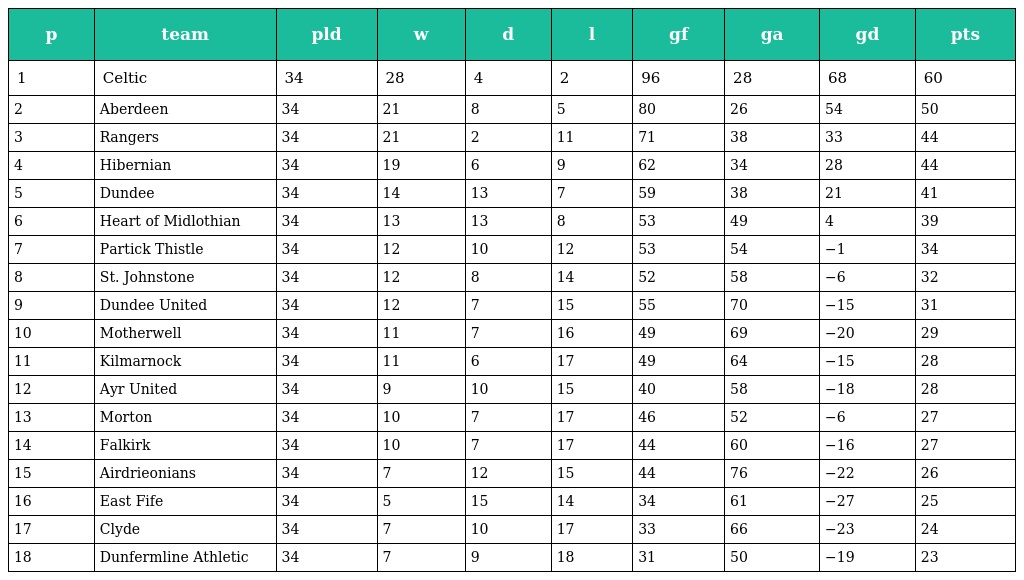
| p | team | pld | w | d | l | gf | ga | gd | pts |
 | --- | --- | --- | --- | --- | --- | --- | --- | --- | --- |
 | 1 | Celtic | 34 | 28 | 4 | 2 | 96 | 28 | 68 | 60 |
 | 2 | Aberdeen | 34 | 21 | 8 | 5 | 80 | 26 | 54 | 50 |
 | 3 | Rangers | 34 | 21 | 2 | 11 | 71 | 38 | 33 | 44 |
 | 4 | Hibernian | 34 | 19 | 6 | 9 | 62 | 34 | 28 | 44 |
 | 5 | Dundee | 34 | 14 | 13 | 7 | 59 | 38 | 21 | 41 |
 | 6 | Heart of Midlothian | 34 | 13 | 13 | 8 | 53 | 49 | 4 | 39 |
 | 7 | Partick Thistle | 34 | 12 | 10 | 12 | 53 | 54 | −1 | 34 |
 | 8 | St. Johnstone | 34 | 12 | 8 | 14 | 52 | 58 | −6 | 32 |
 | 9 | Dundee United | 34 | 12 | 7 | 15 | 55 | 70 | −15 | 31 |
 | 10 | Motherwell | 34 | 11 | 7 | 16 | 49 | 69 | −20 | 29 |
 | 11 | Kilmarnock | 34 | 11 | 6 | 17 | 49 | 64 | −15 | 28 |
 | 12 | Ayr United | 34 | 9 | 10 | 15 | 40 | 58 | −18 | 28 |
 | 13 | Morton | 34 | 10 | 7 | 17 | 46 | 52 | −6 | 27 |
 | 14 | Falkirk | 34 | 10 | 7 | 17 | 44 | 60 | −16 | 27 |
 | 15 | Airdrieonians | 34 | 7 | 12 | 15 | 44 | 76 | −22 | 26 |
 | 16 | East Fife | 34 | 5 | 15 | 14 | 34 | 61 | −27 | 25 |
 | 17 | Clyde | 34 | 7 | 10 | 17 | 33 | 66 | −23 | 24 |
 | 18 | Dunfermline Athletic | 34 | 7 | 9 | 18 | 31 | 50 | −19 | 23 |